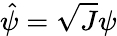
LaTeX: \hat{\psi}=\sqrt{J}\psi